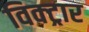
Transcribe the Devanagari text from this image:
विक्ट्रार